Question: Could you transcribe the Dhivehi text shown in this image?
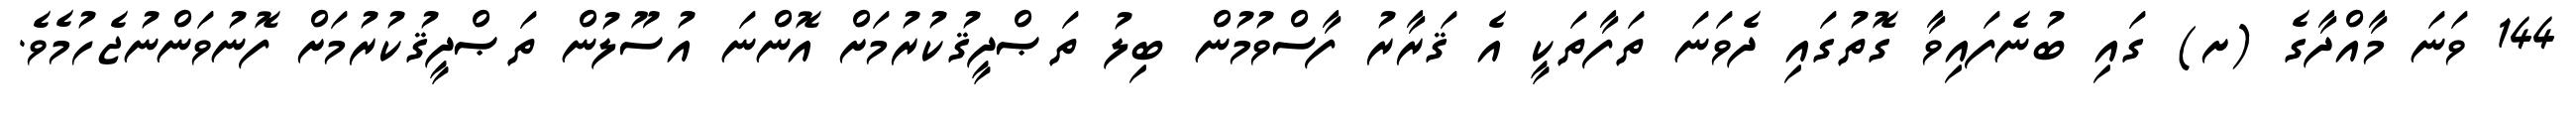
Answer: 144 ވަނަ މާއްދާގެ (ށ) ގައި ބުނެފައިވާ ގޮތުގައި ދެވަނަ ތަފާތަކީ އެ ޤަރާރު ފާސްވުމުން ބިލު ތަޞްދީޤުކުރުމަށް އޮންނަ އުސޫލުން ތަޞްދީޤުކުރުމަށް ފޮނުވަންނުޖެހުމެވެ.